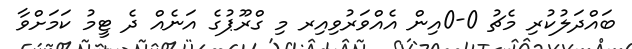
ބައްދަލުކުރި މެޗު 0-0އިން އެއްވަރުވިއިރ މި ގްރޫޕުގެ އަނެއް ދެ ޓީމު ކަމަށްވާ